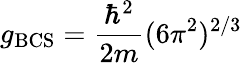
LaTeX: g_{\mathrm{BCS}}=\frac{\hbar^{2}}{2m}(6\pi^{2})^{2/3}